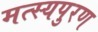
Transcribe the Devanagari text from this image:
मत्स्यपुरण